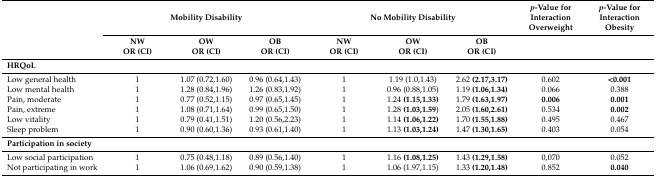
<table><thead><tr><td></td><td colspan="3"><b>Mobility Disability</b></td><td colspan="3"><b>No Mobility Disability</b></td><td><b><i>p</i>-Value for Interaction Overweight</b></td><td><b><i>p</i>-Value for Interaction Obesity</b></td></tr><tr><td></td><td><b>NW</b></td><td><b>OW</b></td><td><b>OB</b></td><td><b>NW</b></td><td><b>OW</b></td><td><b>OB</b></td><td></td><td></td></tr><tr><td></td><td><b>OR (CI)</b></td><td><b>OR (CI)</b></td><td><b>OR (CI)</b></td><td><b>OR (CI)</b></td><td><b>OR (CI)</b></td><td><b>OR (CI)</b></td><td></td><td></td></tr></thead><tbody><tr><td colspan="9"><b>HRQoL</b></td></tr><tr><td>Low general health</td><td>1</td><td>1.07 (0.72,1.60)</td><td>0.96 (0.64,1.43)</td><td>1</td><td>1.19 (1.0,1.43)</td><td>2.62 <b>(2.17,3.17)</b></td><td>0.602</td><td><b>&lt;0.001</b></td></tr><tr><td>Low mental health</td><td>1</td><td>1.28 (0.84,1.96)</td><td>1.26 (0.83,1.92)</td><td>1</td><td>0.96 (0.88,1.05)</td><td>1.19 <b>(1.06,1.34)</b></td><td>0.066</td><td>0.388</td></tr><tr><td>Pain, moderate</td><td>1</td><td>0.77 (0.52,1.15)</td><td>0.97 (0.65,1.45)</td><td>1</td><td>1.24 <b>(1.15,1.33)</b></td><td>1.79 <b>(1.63,1.97)</b></td><td><b>0.006</b></td><td><b>0.001</b></td></tr><tr><td>Pain, extreme</td><td>1</td><td>1.08 (0.71,1.64)</td><td>0.99 (0.65,1.50)</td><td>1</td><td>1.28 <b>(1.03,1.59</b>)</td><td>2.05 <b>(1.60,2.61)</b></td><td>0.534</td><td><b>0.002</b></td></tr><tr><td>Low vitality</td><td>1</td><td>0.79 (0.41,1.51)</td><td>1.20 (0.56,2.23)</td><td>1</td><td>1.14 <b>(1.06,1.22)</b></td><td>1.70 <b>(1.55,1.88)</b></td><td>0.495</td><td>0.467</td></tr><tr><td>Sleep problem</td><td>1</td><td>0.90 (0.60,1.36)</td><td>0.93 (0.61,1.40)</td><td>1</td><td>1.13 <b>(1.03,1.24)</b></td><td>1.47 <b>(1.30,1.65)</b></td><td>0.403</td><td>0.054</td></tr><tr><td colspan="9"><b>Participation in society</b></td></tr><tr><td>Low social participation </td><td>1</td><td>0.75 (0.48,1.18)</td><td>0.89 (0.56,1.40)</td><td>1</td><td>1.16 <b>(1.08,1.25)</b></td><td>1.43 <b>(1.29,1.58)</b></td><td>0,070</td><td>0.052</td></tr><tr><td>Not participating in work </td><td>1</td><td>1.06 (0.69,1.62)</td><td>0.90 (0.59,1.38)</td><td>1</td><td>1.06 (1.97,1.15)</td><td>1.33 <b>(1.20,1.48)</b></td><td>0.852</td><td><b>0.040</b></td></tr></tbody></table>